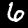
Label: 6